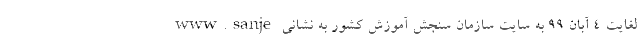
لغایت ۴ آبان ۹۹ به سایت سازمان سنجش آموزش کشور به نشانی www.sanje